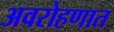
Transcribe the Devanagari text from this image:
अवरोहणात